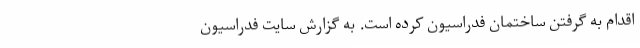
اقدام به گرفتن ساختمان فدراسیون کرده است. به گزارش سایت فدراسیون